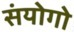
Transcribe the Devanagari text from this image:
संयोगो